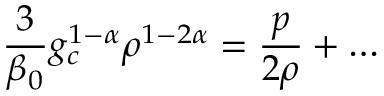
\frac { 3 } { \beta _ { 0 } } g _ { c } ^ { 1 - \alpha } \rho ^ { 1 - 2 \alpha } = \frac { p } { 2 \rho } + \ldots \,